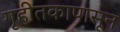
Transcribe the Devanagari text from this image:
गृहीतकापासून